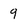
Character: 9